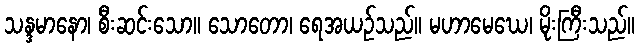
သန္ဒမာနော၊ စီးဆင်းသော။ သောတော၊ ရေအယဉ်သည်။ မဟာမေဃေ၊ မိုးကြီးသည်။